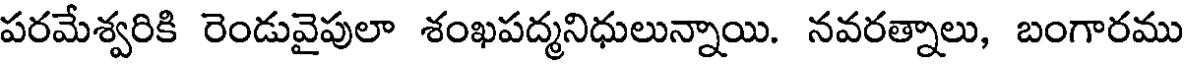
పరమేశ్వరికి రెండువైపులా శంఖపద్మనిధులున్నాయి. నవరత్నాలు, బంగారము